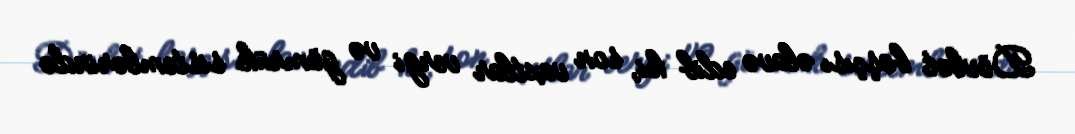
Dövlət başçısı əlavə edib ki, son vaxtlar vergi və gömrük sistemlərində